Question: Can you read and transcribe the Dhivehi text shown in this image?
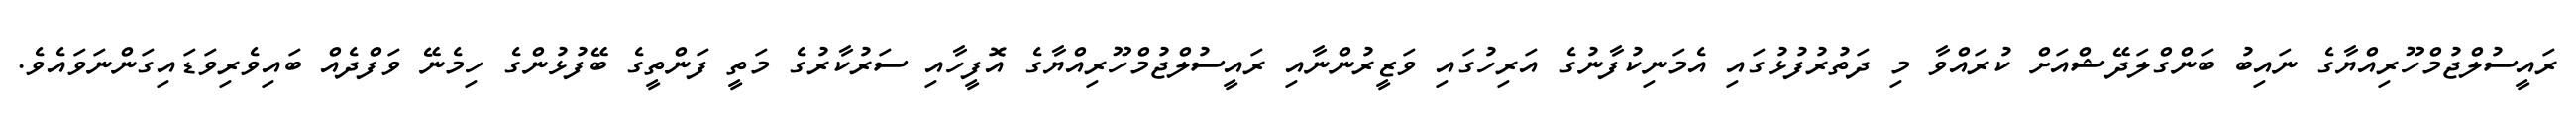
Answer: ރައީސުލްޖުމްހޫރިއްޔާގެ ނައިބު ބަންގްލަދޭޝްއަށް ކުރައްވާ މި ދަތުރުފުޅުގައި އެމަނިކުފާނުގެ އަރިހުގައި ވަޒީރުންނާއި ރައީސުލްޖުމްހޫރިއްޔާގެ އޮފީހާއި ސަރުކާރުގެ މަތީ ފަންތީގެ ބޭފުޅުންގެ ހިމެނޭ ވަފްދެއް ބައިވެރިވަޑައިގަންނަވައެވެ.